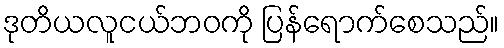
ဒုတိယလူငယ်ဘဝကို ပြန်ရောက်စေသည်။